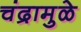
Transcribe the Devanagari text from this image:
चंद्रामुळे